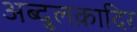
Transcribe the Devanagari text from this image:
अब्दुलक़ादिर